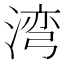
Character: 湾